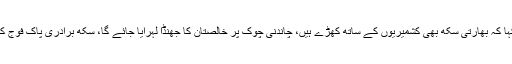
سردار پرتاب سنگھ نے کہا کہ بھارتی سکھ بھی کشمیریوں کے ساتھ کھڑے ہیں، چاندنی چوک پر خالصتان کا جھنڈا لہرایا جائے گا، سکھ برادری پاک فوج کے شانہ بشانہ کھڑی ہے۔